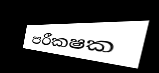
පරීකෂක